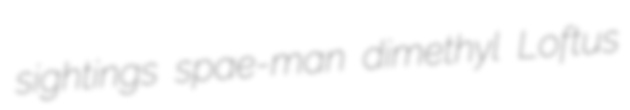
sightings spae-man dimethyl Loftus